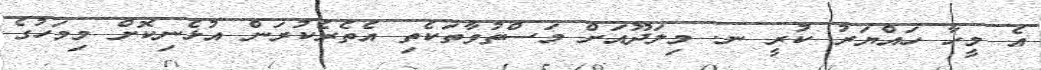
އެ މީހާ ހައްޔަރު ކުރީ ނ. މިލަދޫއަށް މަސްތުވާތަކެތި އެތެރެކުރަން އުޅެނިކޮށް މިމަހުގެ